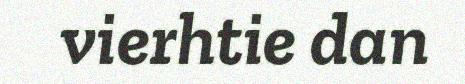
vierhtie dan